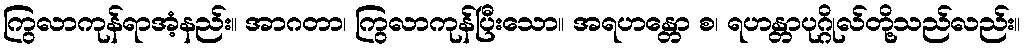
ကြွလာကုန်ရာအံ့နည်း။ အာဂတာ၊ ကြွလာကုန်ပြီးသော။ အရဟန္တော စ၊ ရဟန္တာပုဂ္ဂိုလ်တို့သည်လည်း။